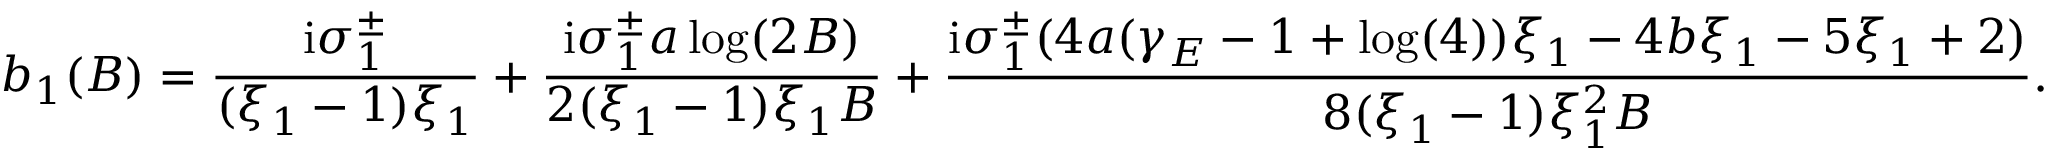
b _ { 1 } ( B ) = \frac { \mathrm { i } \sigma _ { 1 } ^ { \pm } } { ( \xi _ { 1 } - 1 ) \xi _ { 1 } } + \frac { \mathrm { i } \sigma _ { 1 } ^ { \pm } a \log ( 2 B ) } { 2 ( \xi _ { 1 } - 1 ) \xi _ { 1 } B } + \frac { \mathrm { i } \sigma _ { 1 } ^ { \pm } ( 4 a ( \gamma _ { E } - 1 + \log ( 4 ) ) \xi _ { 1 } - 4 b \xi _ { 1 } - 5 \xi _ { 1 } + 2 ) } { 8 ( \xi _ { 1 } - 1 ) \xi _ { 1 } ^ { 2 } B } .